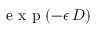
\mathrm { ~ e ~ x ~ p ~ } ( - \epsilon \, D )